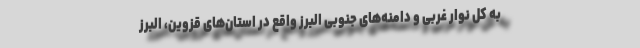
به کل نوار غربی و دامنه‌های جنوبی البرز واقع در استان‌های قزوین، البرز